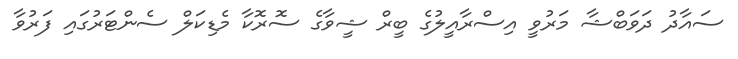
ސައާދު ދަވަބްޝާ މަރުވީ އިސްރާއީލުގެ ބީރް ޝީވާގެ ސޮރޮކާ މެޑިކަލް ސެންޓަރުގައި ފަރުވާ